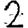
Digit: 2